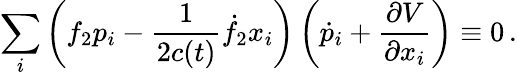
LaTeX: \sum_{i}\left(f_{2}p_{i}-\frac{1}{2c(t)}\dot{f}_{2}x_{i}\right)\left(\dot{p}_{i}+\frac{\partial V}{\partial x_{i}}\right)\equiv 0\, .